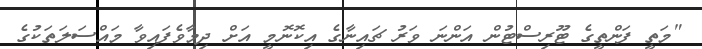
"މަތީ ފަންތީގެ ޓޫރިސްޓުން އަންނަ ވަރު ޗައިނާގެ އިކޮނޮމީ އަށް ދިމާވެފައިވާ މައްސަލަތަކުގެ